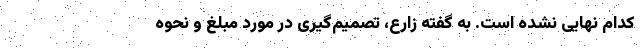
کدام نهایی نشده است. به گفته زارع، تصمیم‌گیری در مورد مبلغ و نحوه